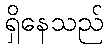
ရှိနေသည်